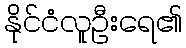
နိုင်ငံလူဦးရေ၏